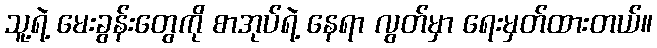
သူ့ရဲ့ မေးခွန်းတွေကို စာအုပ်ရဲ့ နေရာ လွတ်မှာ ရေးမှတ်ထားတယ်။